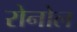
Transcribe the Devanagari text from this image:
रोनोल